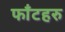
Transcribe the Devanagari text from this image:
फाँटहरु